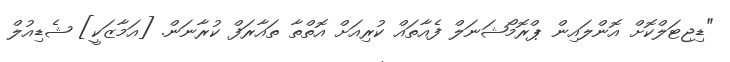
"ޑިޖިޓަލްކޮށް އޮންލައިން ޕްރޮމޯޝަނަލް ފެއާތައް ކުރިއަށް އޮތްތާ ތައާރަފް ކުރާނަން. [އަމާޒަކީ] ޝެޑިއުލް